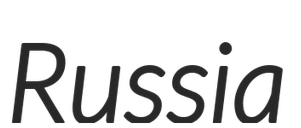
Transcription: Russia